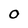
Character: O